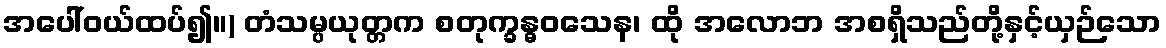
အပေါ်ဝယ်ထပ်၍။) တံသမ္ပယုတ္တက စတုက္ခန္ဓဝသေန၊ ထို အလောဘ အစရှိသည်တို့နှင့်ယှဉ်သော